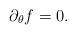
LaTeX: \begin{align*}\partial_{\theta}f=0.\end{align*}